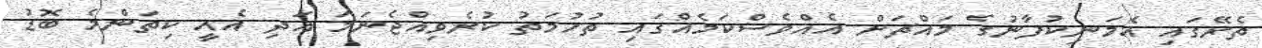
ތެރޭގައި އެމަނިކުފާނުގެ މައްޗަށް އެއްވެސްކަމެއްގައި ތުހުމަތު ކުރެވިއްޖެނަމަ އަދި އެއީ ކިތަންމެ ބޮޑު